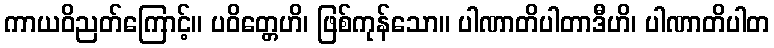
ကာယဝိညတ်ကြောင့်။ ပဝိတ္တေဟိ၊ ဖြစ်ကုန်သော။ ပါဏာတိပါတာဒီဟိ၊ ပါဏာတိပါတ